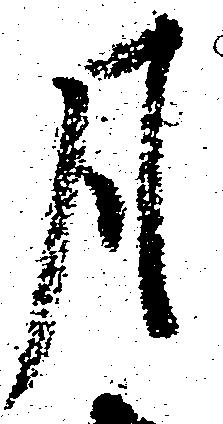
月